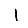
Digit: 1